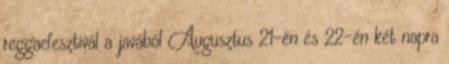
reggaefesztivál a javából Augusztus 21-én és 22-én két napra